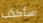
سأكذب